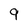
Character: 9